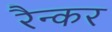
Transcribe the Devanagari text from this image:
रैन्कर